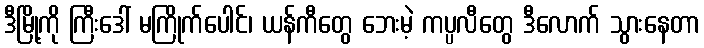
ဒီမြို့ကို ကြီးဒေါ် မကြိုက်ပေါင်၊ ယန်ကီတွေ ဘေးမဲ့ ကပ္ပလီတွေ ဒီလောက် သွားနေတာ